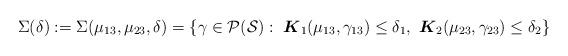
LaTeX: \begin{align*}\Sigma(\delta):=\Sigma(\mu_{13}, \mu_{23}, \delta) = \left\{ \gamma \in \mathcal{P}(\mathcal{S} ): \ \boldsymbol{K}_1( \mu_{13}, \gamma_{13}) \leq \delta_1, \ \boldsymbol{K}_2( \mu_{23}, \gamma_{23}) \leq \delta_2 \right\}\end{align*}